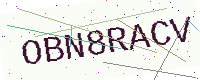
Text: OBN8RACV